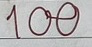
100